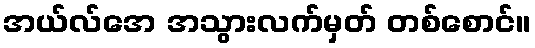
အယ်လ်အေ အသွားလက်မှတ် တစ်စောင်။